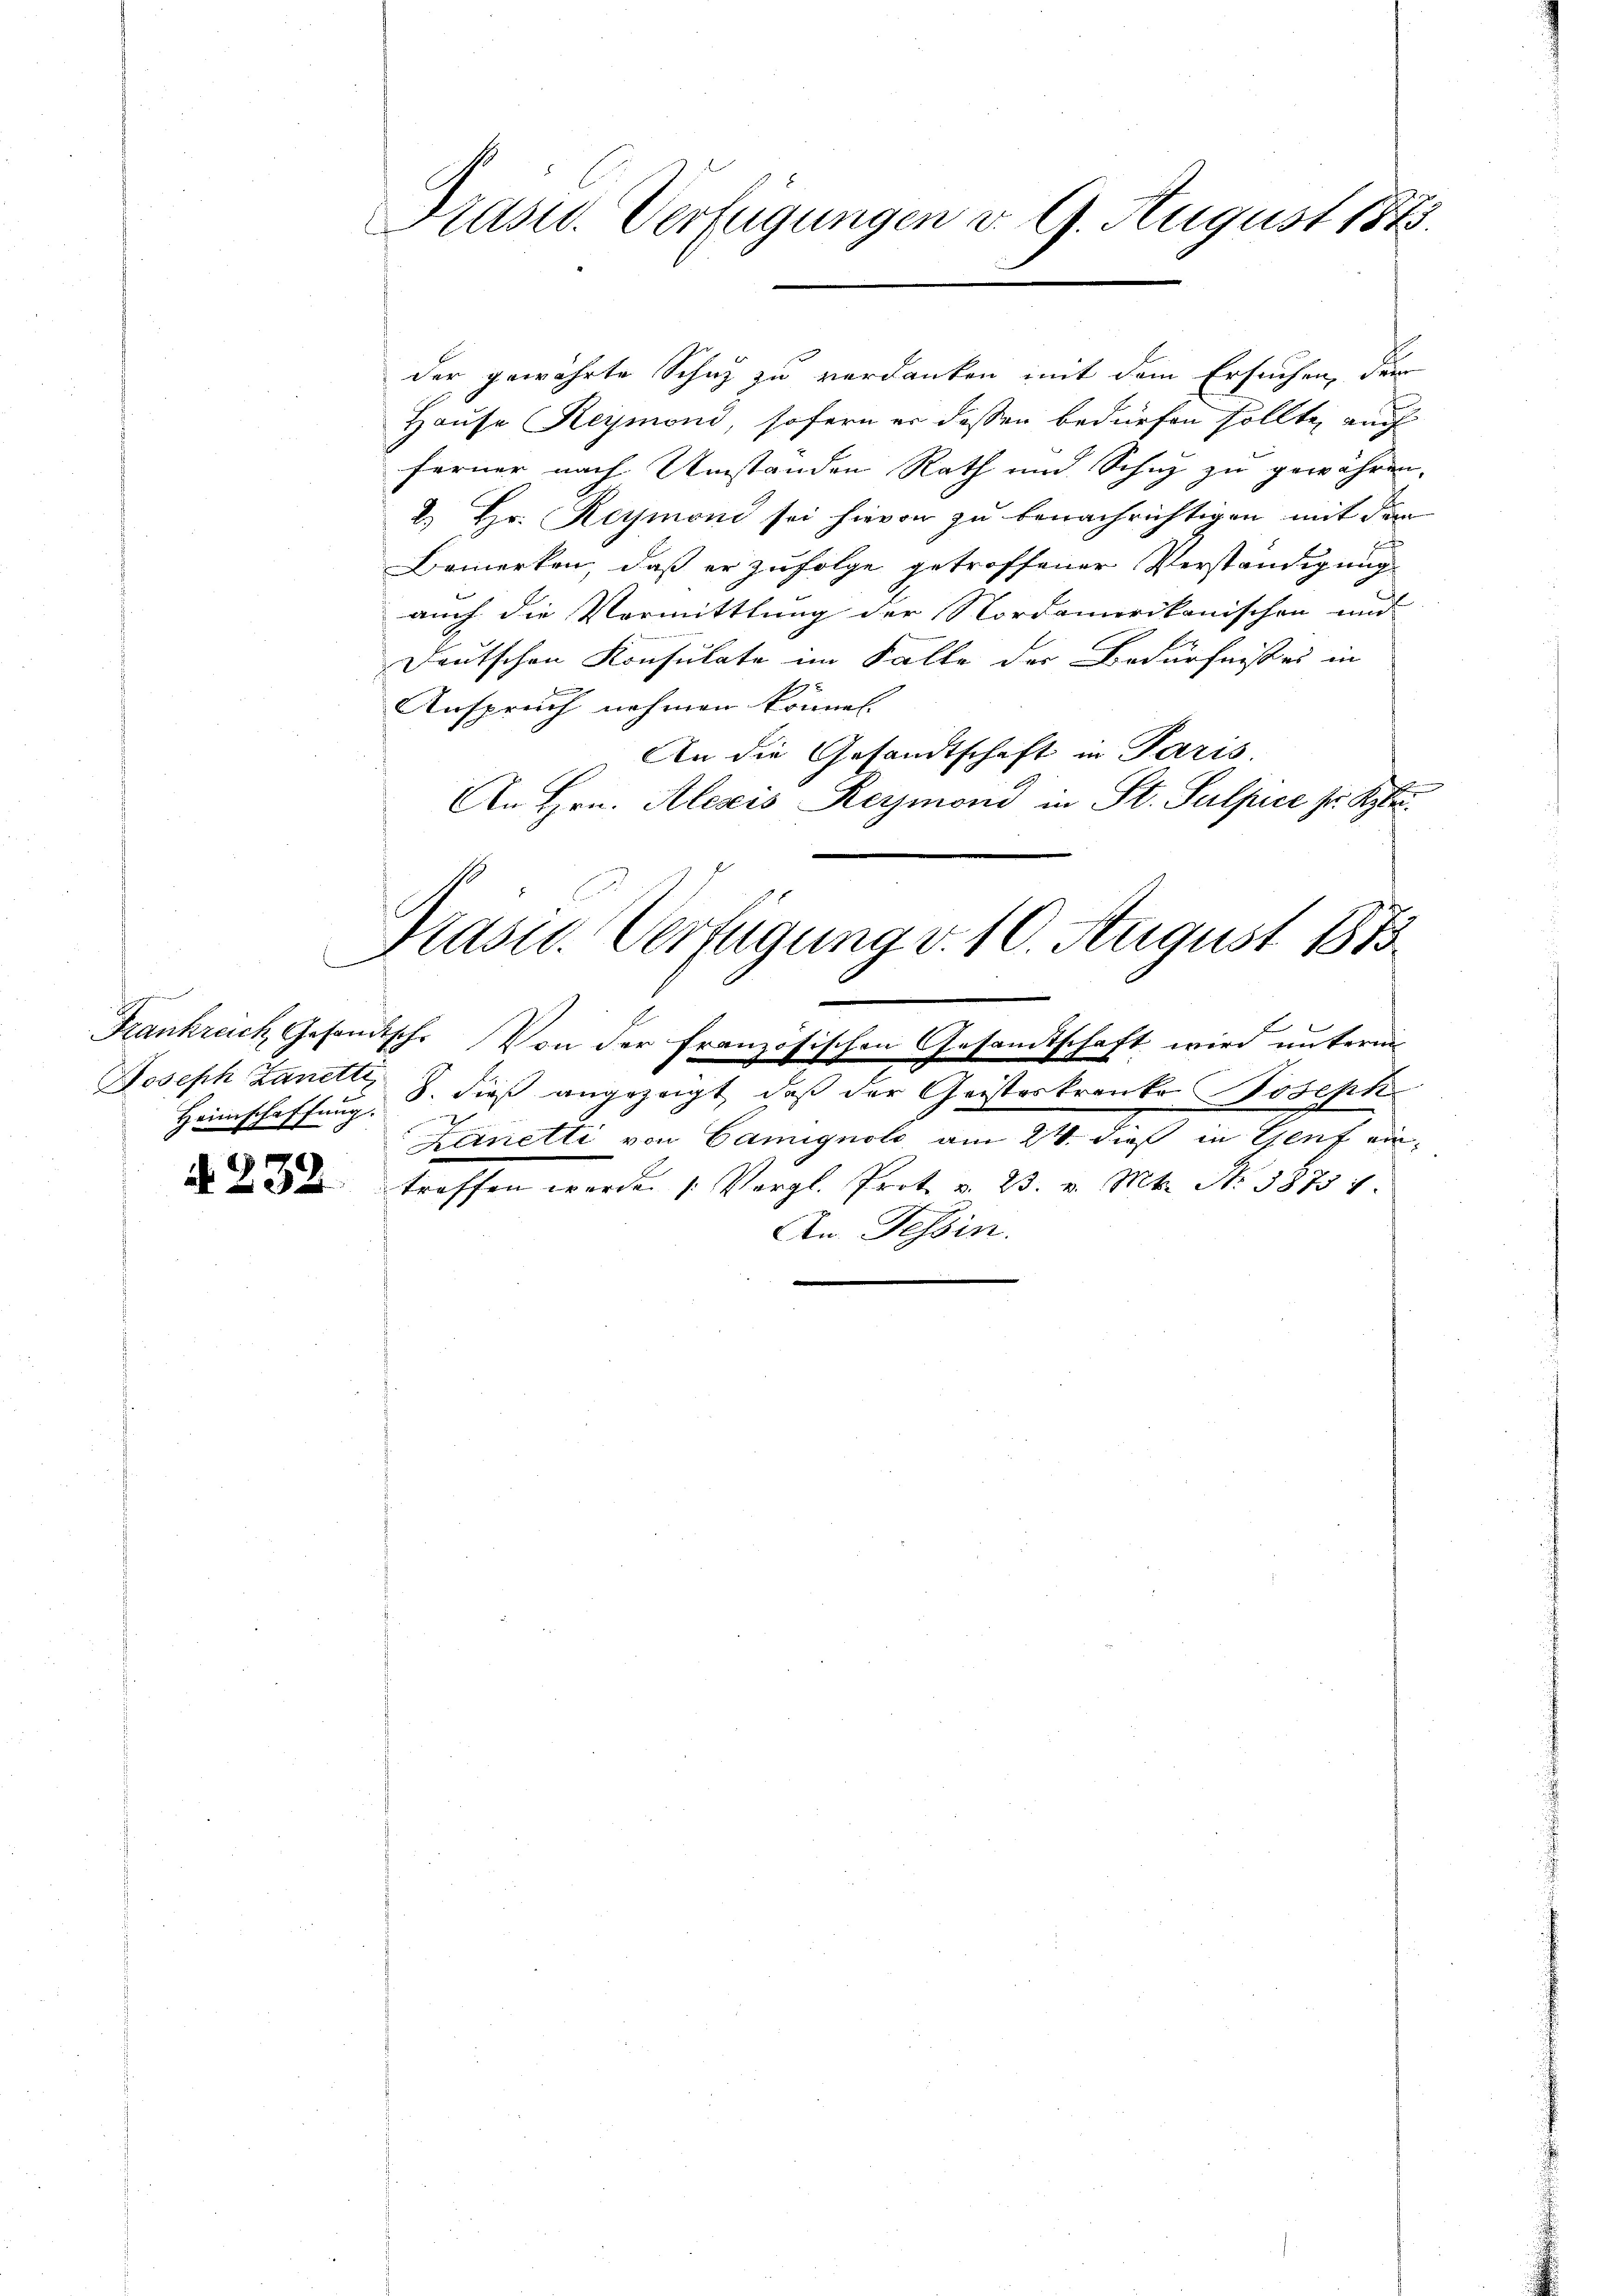
Heimschaffung.

N 232

Präsid. Verfügungen d. 9. August 1875.

Hause Reymond, sofern er dessen bedürfen sollte, auch
ferner nach Umständen Rath und Schuz zu gewähren.
2) Hr. Reymoni sei hievon zu benachrichtigen mit dem
Bemerken, daß er zufolge getroffener Verständigung
auch die Vermittlung der Nordamerikanischen und
Deutschen Konsulate im Falle der Bedürfnißes in
F
Anspruch nehmen können.
An die Gesandtschaft in Paris.

An Hrn. Alezis Reymond in St. Sulpice pr. Septe

Frankreich Gesandtsch. Von der französischen Gesamtschaft wird unterm
Joseph Landt, S. dieß angezeigt, daß der Geisteskranke Joseph
Zeinetti von Camignolo am 24. dieß in Genf eintroffen werde. (Vergl. Prot. u. 23. v. Mt. N. 38737.
An Tessin.

der gewährte Schuz zu verdanken mit dem Ersuchen, der

Prasid. Verfügung v. 10. August 1873.